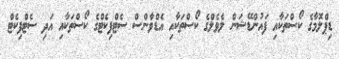
ޑިޕްލޮމާގެ ކޯސްތަކާއި ފައުންޑޭޝަން ލެވެލްގެ ކޯސްތަކާއި އެޑްވާންސް ސެޓްފިކެޓްގެ ކޯސްތަކާއި އަދި ސެޓްފިކެޓް